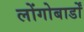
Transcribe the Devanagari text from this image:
लोंगोबार्डों